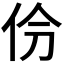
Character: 𫢕